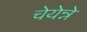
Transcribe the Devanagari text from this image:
चेयेन्ने